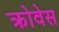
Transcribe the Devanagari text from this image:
क्रोवेस